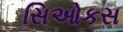
સિઓકસ